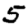
Digit: 5